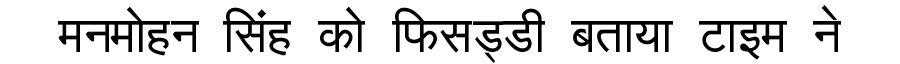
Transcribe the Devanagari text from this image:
मनमोहन सिंह को फिसड्डी बताया टाइम ने